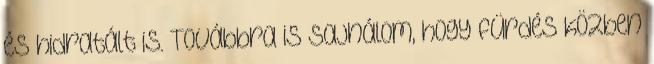
és hidratált is. Továbbra is sajnálom, hogy fürdés közben